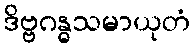
ဒိဗ္ဗဂန္ဓသမာယုတံ